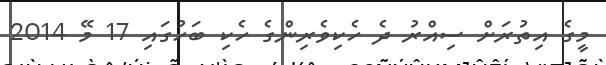
މީގެ އިތުރަށް ސިއްރު ދެ ހެކިވެރިންގެ ހެކި ބަހުގައި 17 މޭ 2014